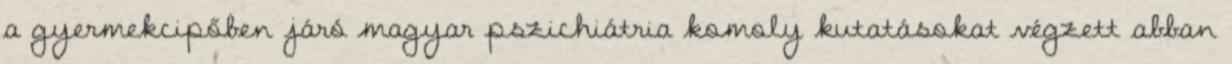
a gyermekcipőben járó magyar pszichiátria komoly kutatásokat végzett abban